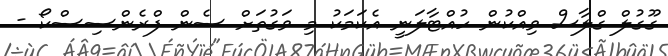
ގޫގުލް ގްލާސް ވިއްކުން ހުއްޓާލަނީ އެކަމަކު މި ވަގުތަށް ސެން ފްރެންސިސްކޯ -